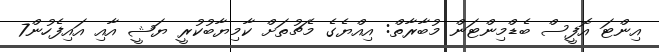
އިންޓަ އޮފީސް ބެޑްމިންޓަން މުބާރާތް: އިއްޔެގެ މެޗުތަށް ކާމިޔާބުކުރީ ޔަޝީ އާއި އައިފެހުން7